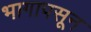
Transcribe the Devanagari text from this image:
भागापसून